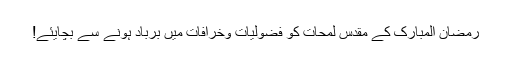
رَمَضانُ الْمبارَک کے مُقدّس لَمحات کو فُضُولیات وخُرافات میں برباد ہونے سے بچایئے!